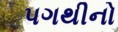
પગથીનો